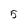
Character: 5